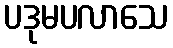
ပဒုမပလာသေ